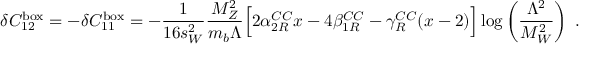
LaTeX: \delta C _ { 1 2 } ^ { \mathrm { b o x } } = - \delta C _ { 1 1 } ^ { \mathrm { b o x } } = - \frac { 1 } { 1 6 s _ { W } ^ { 2 } } \frac { M _ { Z } ^ { 2 } } { m _ { b } \Lambda } \Bigl [ 2 \alpha _ { 2 R } ^ { C C } x - 4 \beta _ { 1 R } ^ { C C } - \gamma _ { R } ^ { C C } ( x - 2 ) \Bigr ] \log \left( \frac { \Lambda ^ { 2 } } { M _ { W } ^ { 2 } } \right) \; .